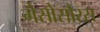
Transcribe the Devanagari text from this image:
मेसोसौरस